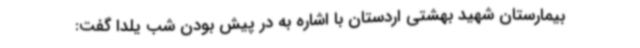
بیمارستان شهید بهشتی اردستان با اشاره به در پیش بودن شب یلدا گفت: